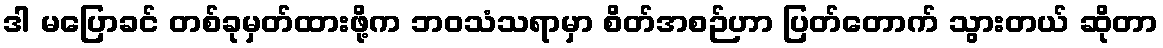
ဒါ မပြောခင် တစ်ခုမှတ်ထားဖို့က ဘဝသံသရာမှာ စိတ်အစဉ်ဟာ ပြတ်တောက် သွားတယ် ဆိုတာ